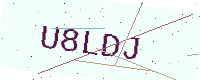
Text: U8LDJ